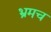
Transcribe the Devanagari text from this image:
भ्रमच